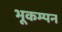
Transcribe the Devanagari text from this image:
भूकम्पन